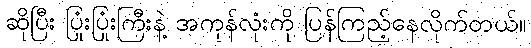
ဆိုပြီး ပြုံးပြုံးကြီးနဲ့ အကုန်လုံးကို ပြန်ကြည့်နေလိုက်တယ်။